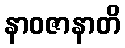
နာဝဇာနာတိ